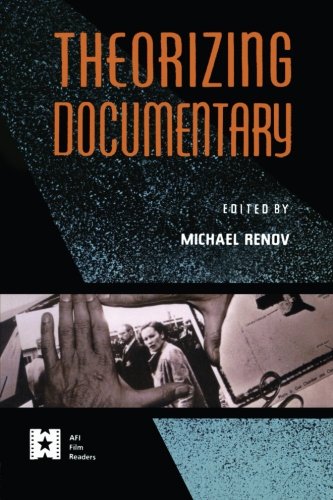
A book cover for Theorizing Documentary (AFI Film Readers); Humor & Entertainment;